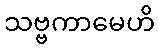
သဗ္ဗကာမေဟိ